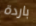
باردة